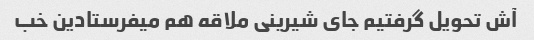
آش تحویل گرفتیم جای شیرینی ملاقه هم میفرستادین خب